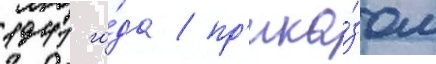
1941 го́да / пр'ика́зом